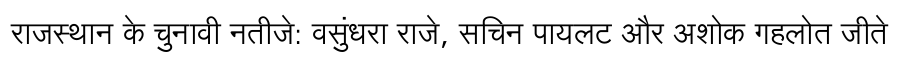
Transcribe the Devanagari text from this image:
राजस्थान के चुनावी नतीजे: वसुंधरा राजे, सचिन पायलट और अशोक गहलोत जीते